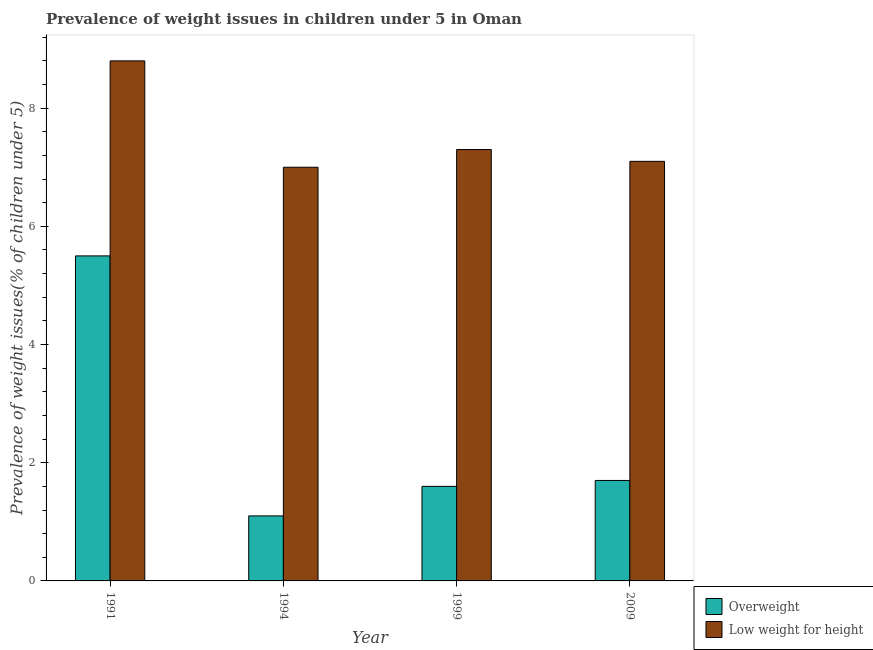
| Year | Overweight | Low weight for height |
 | --- | --- | --- |
 | 1991 | 5.5 | 8.8 |
 | 1994 | 1.1 | 7 |
 | 1999 | 1.6 | 7.3 |
 | 2009 | 1.7 | 7.1 |